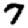
Digit: 7